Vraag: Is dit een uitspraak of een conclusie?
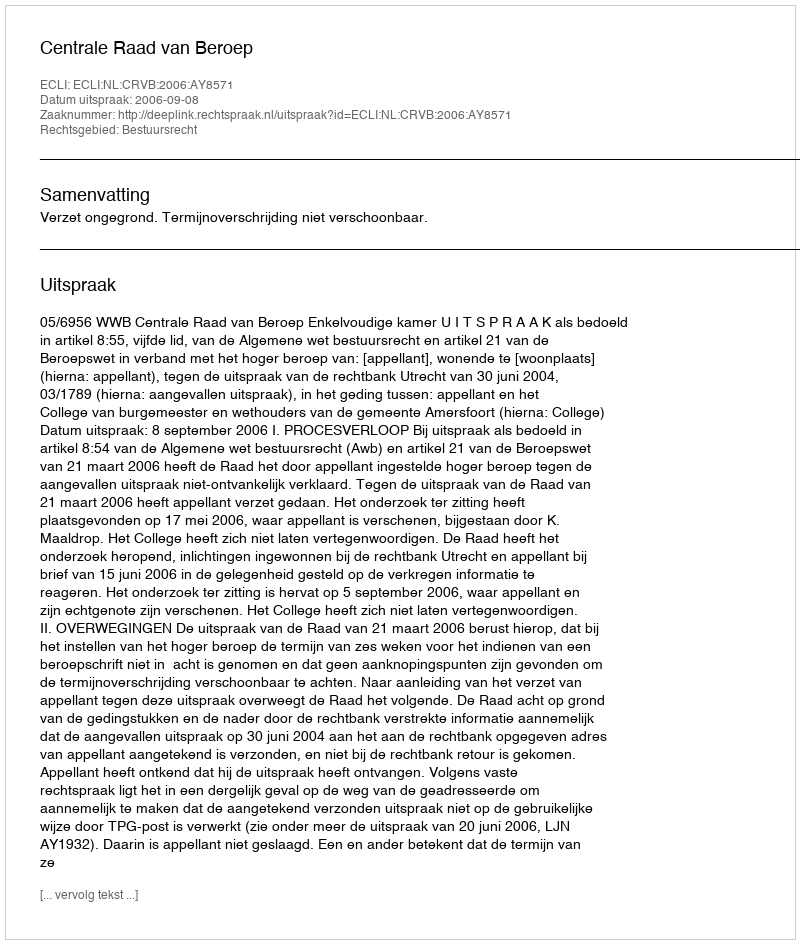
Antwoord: Uitspraak